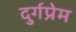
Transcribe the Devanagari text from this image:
दुर्गप्रेम